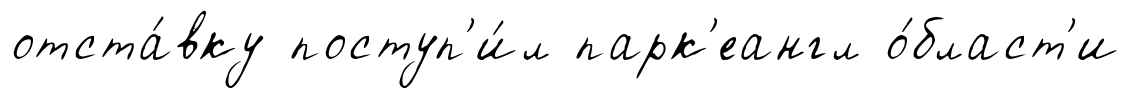
отста́вку поступ'и́л парк'еангл о́бласт'и